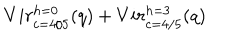
{ V i r _ { c = 4 / 5 } ^ { h = 0 } ( q ) + V i r _ { c = 4 / 5 } ^ { h = 3 } ( q ) }